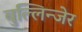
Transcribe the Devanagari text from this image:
बुल्लिन्जेर